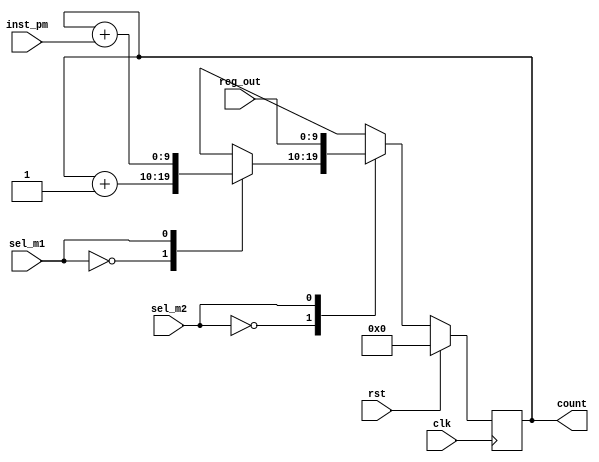
module pc(
  input clk,
  input rst,
  input sel_m1,
  input sel_m2,
  input [9:0] inst_pm,
  input [9:0] reg_out,
  output reg [9:0] count
  );
  reg [9:0] mux_out1;
  reg [9:0] mux_out2;
  //mux1
  always@(*)
  begin
    case(sel_m1)
      1'b0: mux_out1=count+1;
      1'b1: mux_out1=count+inst_pm[9:0];
    endcase
  end
  //mux2
  always@(*)
  begin
    case(sel_m2)
      1'b0: mux_out2=mux_out1;
      1'b1: mux_out2=reg_out[9:0];
    endcase
  end
//counter
always@(posedge clk)
begin
  if(rst)
    count <=#1 0;
  else
   count <=#1 mux_out2;
end
endmodule